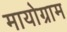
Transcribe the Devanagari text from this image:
मायोग्राम